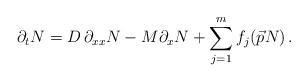
LaTeX: \begin{align*}\partial_t N = D \,\partial_{xx} N - M \partial_x N + \sum_{j=1}^m f_j (\vec{p}N)\, .\end{align*}